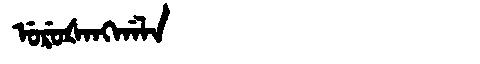
Manchu: ᡠᡵᡠᡧᠠᠩᡤᠠᠯᠠ
Romanization: URUŠANGGALA